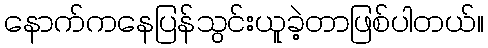
နောက်ကနေပြန်သွင်းယူခဲ့တာဖြစ်ပါတယ်။